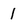
Character: 1